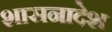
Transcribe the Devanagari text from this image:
शासनादेश